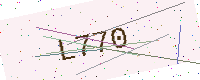
Text: L770